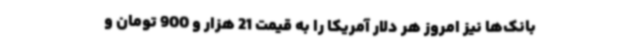
بانک‌ها نیز امروز هر دلار آمریکا را به قیمت 21 هزار و 900 تومان و